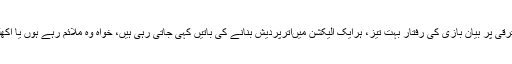
ترقی کی رفتار یوپی میں دھیمی ہے جبکہ ترقی پر بیان بازی کی رفتار بہت تیز، ہرایک الیکشن میںاترپردیش بنانے کی باتیں کہی جاتی رہی ہیں، خواہ وہ ملائم رہے ہوں یا اکھلیش، اترپردیش کبھی اتم پردیش نہیںبن پایا۔